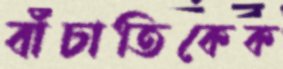
বাঁচাতিকেক